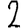
Digit: 2